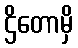
ဌိတောမှိ